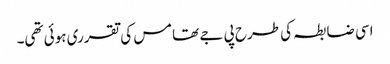
اسی ضابطہ کی طرح پی جے تھامس کی تقرری ہوئی تھی۔